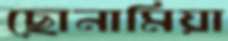
ছোনামিয়া